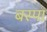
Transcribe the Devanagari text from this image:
बस्‍पा